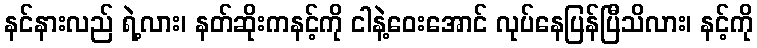
နင်နားလည် ရဲ့လား၊ နတ်ဆိုးကနင့်ကို ငါနဲ့ဝေးအောင် လုပ်နေပြန်ပြီသိလား၊ နင့်ကို